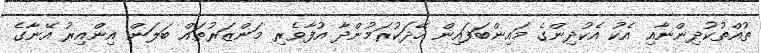
ތުއްތުކުދިންނާއި އެކު އެކުދިންގެ މައިންބަފައިން ހޭދަކުރަމުންދާ އުފާވެރި މަންޒަރުތައް ބަލަން އިންއިރު އޭނާގެ